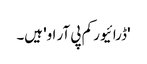
'ڈرائیور کم پی آر او' ہیں۔